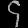
Digit: ၄